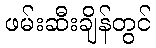
ဖမ်းဆီးချိန်တွင်